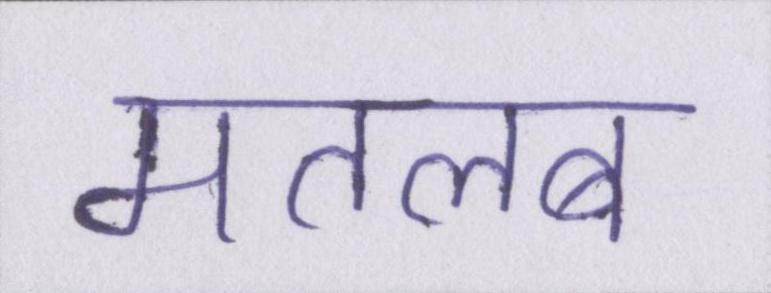
मतलब